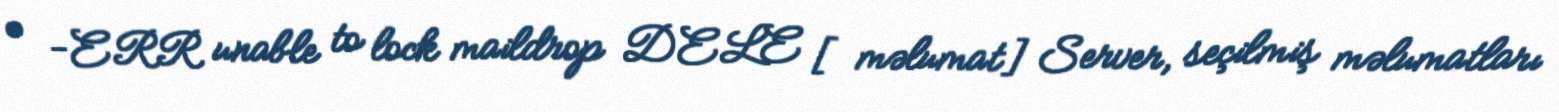
• -ERR unable to lock maildrop DELE [məlumat] Server, seçilmiş məlumatları